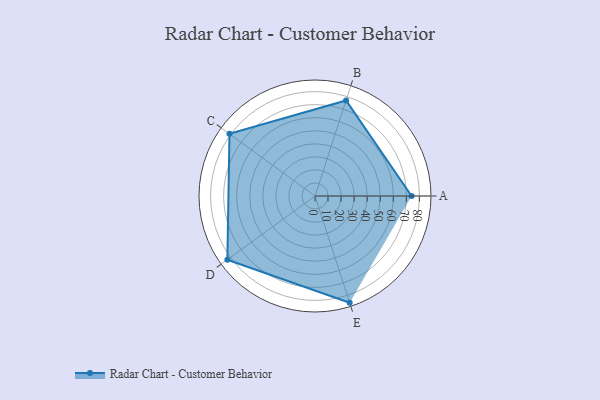
{"axis": {"x": "Skill", "y": "Score"}, "legend": ["Profile"], "data": [{"x": "A", "y": 74.0, "type": "Profile"}, {"x": "B", "y": 77.0, "type": "Profile"}, {"x": "C", "y": 81.0, "type": "Profile"}, {"x": "D", "y": 83.0, "type": "Profile"}, {"x": "E", "y": 86.0, "type": "Profile"}]}